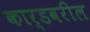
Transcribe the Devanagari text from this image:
कार्डवरील